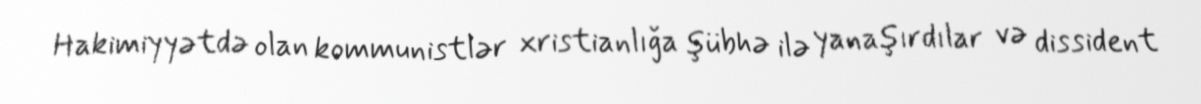
Hakimiyyətdə olan kommunistlər xristianlığa şübhə ilə yanaşırdılar və dissident